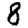
Digit: 8